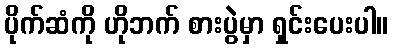
ပိုက်ဆံကို ဟိုဘက် စားပွဲမှာ ရှင်းပေးပါ။